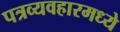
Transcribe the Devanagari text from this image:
पत्रव्यवहारमध्ये